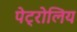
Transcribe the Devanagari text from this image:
पेट्रोलिय